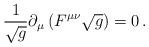
LaTeX: \begin{align*}{1\over\sqrt g} \partial_\mu\left(F^{\mu\nu}\sqrt{g}\right)=0\,.\end{align*}